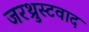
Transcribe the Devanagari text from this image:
जरथ्रुस्टवाद